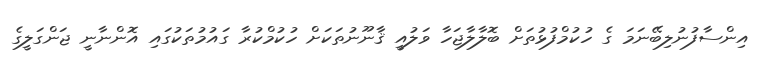
އިންސާފުނުލިބޭނަމަ ގެ ހުކުމްފުޅުތަށް ބޮލާލާޖަހާ ވަލުއީ ޤާނޫނުތަކަށް ހުކުމްކުރާ ގައުމުތަކުގައި އޮންނާނީ ޖަންގަލީގެ